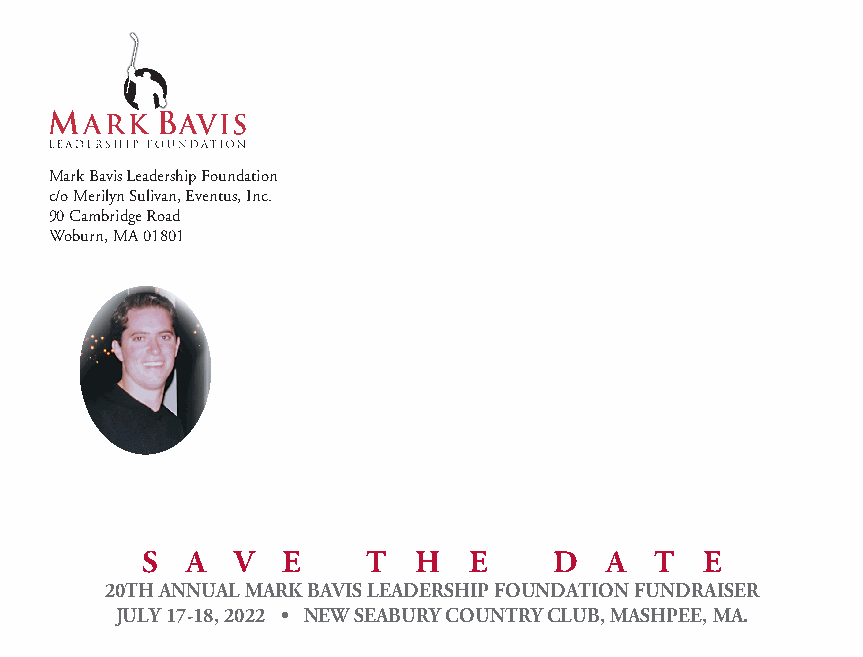
Mark Bavis Leadership Foundation
 c/o Merilyn Sulivan, Eventus, Inc.
 90 Cambridge Road
 Woburn, MA 01801
 S  A   V  E    T   H  E     D  A  T   E
 20TH ANNUAL MARK BAVIS LEADERSHIP FOUNDATION FUNDRAISER
 JULY 17-18, 2022 • NEW SEABURY COUNTRY CLUB, MASHPEE, MA.
 MM BBaavviiss SSaavvee tthhee DDaattee 22002222..iinndddd 22 1111//1111//2211 99::4411 AAMM